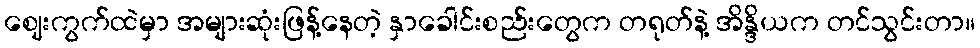
ဈေးကွက်ထဲမှာ အများဆုံးဖြန့်နေတဲ့ နှာခေါင်းစည်းတွေက တရုတ်နဲ့ အိန္ဒိယက တင်သွင်းတာ။